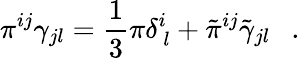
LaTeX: \pi^{ij}\gamma_{jl}=\frac{1}{3}\pi\delta_{\, l}^{i}+\tilde{\pi}^{ij}\tilde{\gamma}_{jl}~~~.